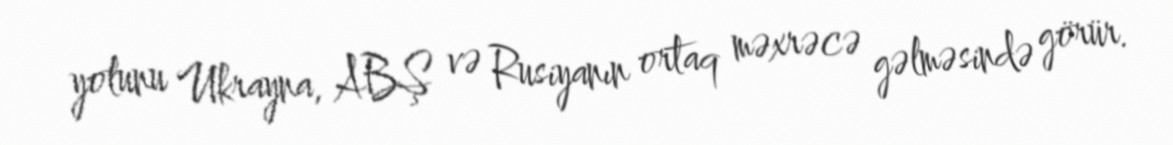
yolunu Ukrayna, ABŞ və Rusiyanın ortaq məxrəcə gəlməsində görür.